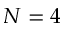
N = 4